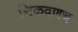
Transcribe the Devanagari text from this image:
शिकवणच